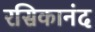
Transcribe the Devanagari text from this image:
रसिकानंद